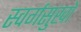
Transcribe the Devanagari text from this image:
स्वर्गसुखों